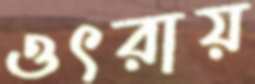
ওৎরায়